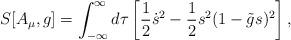
LaTeX: \begin{align*}S[A_{\mu},g]= \int_{-\infty}^\infty d \tau\left[ {1 \over 2} \dot s^2 - {1 \over 2} s^2 (1-\tilde g s)^2 \right],\end{align*}